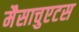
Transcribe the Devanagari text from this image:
मैसाचुएटस